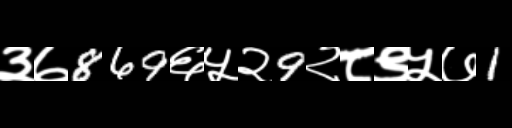
Text: ३७869६५२9२८९५७1